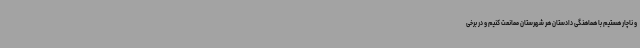
و ناچار هستیم با هماهنگی دادستان هر شهرستان ممانعت کنیم و در برخی